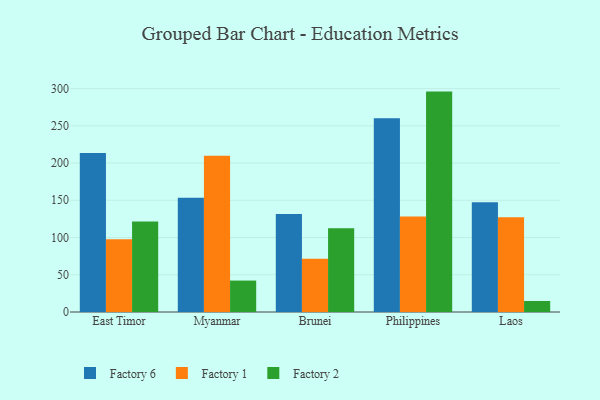
{"axis": {"x": "Country", "y": "Website Visitors"}, "legend": ["Factory 1", "Factory 2", "Factory 6"], "data": [{"x": "East Timor", "y": 213.6, "type": "Factory 6"}, {"x": "East Timor", "y": 97.8, "type": "Factory 1"}, {"x": "East Timor", "y": 121.5, "type": "Factory 2"}, {"x": "Myanmar", "y": 153.4, "type": "Factory 6"}, {"x": "Myanmar", "y": 209.7, "type": "Factory 1"}, {"x": "Myanmar", "y": 42.2, "type": "Factory 2"}, {"x": "Brunei", "y": 131.7, "type": "Factory 6"}, {"x": "Brunei", "y": 71.5, "type": "Factory 1"}, {"x": "Brunei", "y": 112.6, "type": "Factory 2"}, {"x": "Philippines", "y": 260.1, "type": "Factory 6"}, {"x": "Philippines", "y": 128.1, "type": "Factory 1"}, {"x": "Philippines", "y": 295.9, "type": "Factory 2"}, {"x": "Laos", "y": 147.5, "type": "Factory 6"}, {"x": "Laos", "y": 127.1, "type": "Factory 1"}, {"x": "Laos", "y": 14.8, "type": "Factory 2"}]}